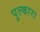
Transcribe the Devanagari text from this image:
पुल्कारा